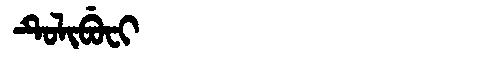
Manchu: ᡨᡠᠯᡳᠪᡠᠸᡳ
Romanization: TULIBUFI